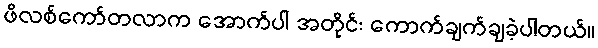
ဖိလစ်ကော်တလာက အောက်ပါ အတိုင်း ကောက်ချက်ချခဲ့ပါတယ်။